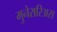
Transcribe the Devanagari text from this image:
मुनेरारिअस